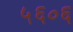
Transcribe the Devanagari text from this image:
५६०६